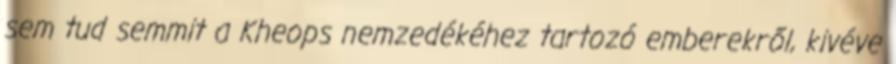
sem tud semmit a Kheops nemzedékéhez tartozó emberekről, kivéve